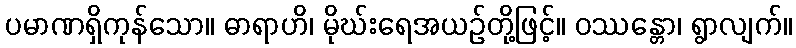
ပမာဏရှိကုန်သော။ ဓာရာဟိ၊ မိုဃ်းရေအယဉ်တို့ဖြင့်။ ဝဿန္တော၊ ရွာလျက်။